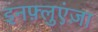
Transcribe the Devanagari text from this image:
इनफ़्लुएंज़ा